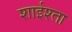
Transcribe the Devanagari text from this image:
शाईश्ता